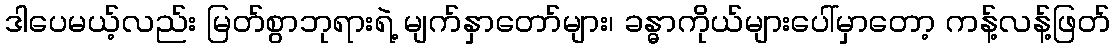
ဒါပေမယ့်လည်း မြတ်စွာဘုရားရဲ့ မျက်နှာတော်များ၊ ခန္ဓာကိုယ်များပေါ်မှာတော့ ကန့်လန့်ဖြတ်